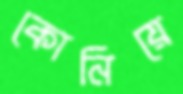
কোনিয়ে